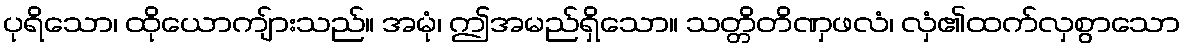
ပုရိသော၊ ထိုယောကျ်ားသည်။ အမုံ၊ ဤအမည်ရှိသော။ သတ္တိတိဏှဖလံ၊ လှံ၏ထက်လှစွာသော